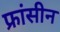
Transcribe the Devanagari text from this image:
फ्रांसीन